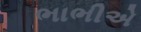
ભાભીએ